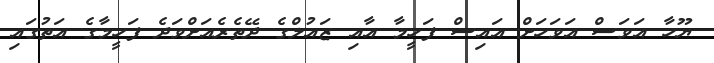
ޔޫހާ އަވަސް އަވަހަށް އައިސް ފަހީމާ އާއި ޒައުލްގެ ދޭތެރެއަށްވަދެ ފަހީމާގެ އަތުގައި